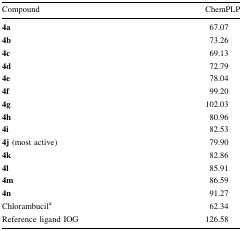
<table><thead><tr><td><b>Compound</b></td><td><b>ChemPLP</b></td></tr></thead><tbody><tr><td><b>4a</b></td><td>67.07</td></tr><tr><td><b>4b</b></td><td>73.26</td></tr><tr><td><b>4c</b></td><td>69.13</td></tr><tr><td><b>4d</b></td><td>72.79</td></tr><tr><td><b>4e</b></td><td>78.04</td></tr><tr><td><b>4f</b></td><td>99.20</td></tr><tr><td><b>4g</b></td><td>102.03</td></tr><tr><td><b>4h</b></td><td>80.96</td></tr><tr><td><b>4i</b></td><td>82.53</td></tr><tr><td><b>4j</b> (most active)</td><td>79.90</td></tr><tr><td><b>4k</b></td><td>82.86</td></tr><tr><td><b>4l</b></td><td>85.91</td></tr><tr><td><b>4m</b></td><td>86.59</td></tr><tr><td><b>4n</b></td><td>91.27</td></tr><tr><td>Chlorambucil<sup>a</sup></td><td>62.34</td></tr><tr><td>Reference ligand IOG</td><td>126.58</td></tr></tbody></table>